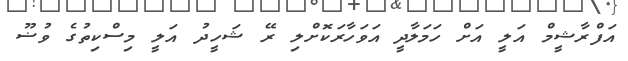
އަފްރާޝީމް އަލީ އަށް ހަމަލާދީ އަވަހާރަކޮށްލި ރޭ ޝަހީދު އަލީ މިސްކިތުގެ ވުޟޫ